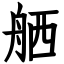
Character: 舾